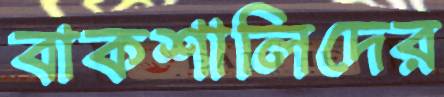
বাকশালিদের